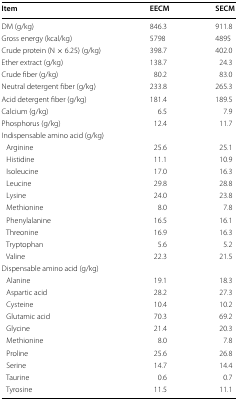
| Item | EECM | SECM |
 | --- | --- | --- |
 | DM (g/kg) | 846.3 | 911.8 |
 | Gross energy (kcal/kg) | 5798 | 4895 |
 | Crude protein (N × 6.25) (g/kg) | 398.7 | 402.0 |
 | Ether extract (g/kg) | 138.7 | 24.3 |
 | Crude fiber (g/kg) | 80.2 | 83.0 |
 | Neutral detergent fiber (g/kg) | 233.8 | 265.3 |
 | Acid detergent fiber (g/kg) | 181.4 | 189.5 |
 | Calcium (g/kg) | 6.5 | 7.9 |
 | Phosphorus (g/kg) | 12.4 | 11.7 |
 | Indispensable amino acid (g/kg) |  |  |
 | Arginine | 25.6 | 25.1 |
 | Histidine | 11.1 | 10.9 |
 | Isoleucine | 17.0 | 16.3 |
 | Leucine | 29.8 | 28.8 |
 | Lysine | 24.0 | 23.8 |
 | Methionine | 8.0 | 7.8 |
 | Phenylalanine | 16.5 | 16.1 |
 | Threonine | 16.9 | 16.3 |
 | Tryptophan | 5.6 | 5.2 |
 | Valine | 22.3 | 21.5 |
 | Dispensable amino acid (g/kg) |  |  |
 | Alanine | 19.1 | 18.3 |
 | Aspartic acid | 28.2 | 27.3 |
 | Cysteine | 10.4 | 10.2 |
 | Glutamic acid | 70.3 | 69.2 |
 | Glycine | 21.4 | 20.3 |
 | Methionine | 8.0 | 7.8 |
 | Proline | 25.6 | 26.8 |
 | Serine | 14.7 | 14.4 |
 | Taurine | 0.6 | 0.7 |
 | Tyrosine | 11.5 | 11.1 |